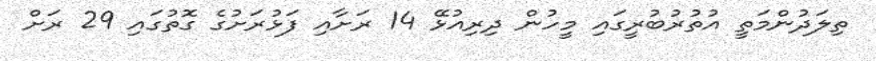
ތިލަދުންމަތީ އުތުރުބުރީގައި މީހުން ދިރިއުޅޭ 14 ރަށާއި ފަޅުރަށުގެ ގޮތުގައި 29 ރަށް